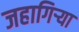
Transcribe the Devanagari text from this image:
जहागिऱ्या